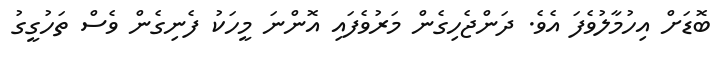
ބޮޑަށް އިހުމާލުވެފަ އެވެ. ދަންޖެހިގެން މަރުވެފައި އޮންނަ މީހަކު ފެނިގެން ވެސް ތަހުގީގު